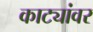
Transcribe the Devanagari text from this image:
काट्यांवर